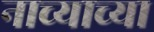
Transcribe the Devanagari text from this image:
नाच्याच्या